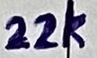
Text: 22k